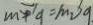
m > g = m _ { 2 } 9 .